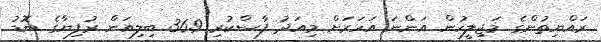
ރައްޔިތުންގެ މަޖިލީހުން އަންނަ އަހަރަށް މިއަދު ފާސްކުރި 36.9 ބިލިއަން ރުފިޔާގެ ބޮޑު